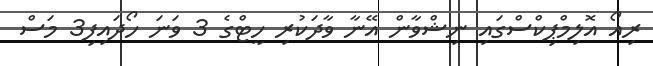
ރިއޯ އޮލިމްޕިކްސްގައި ނިޝްވާން އޭނާ ވާދަކުރި ހީޓްގެ 3 ވަނަ ހޯދައިފި3 މަސް